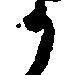
か